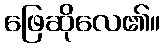
ဖြေဆိုလေ၏။